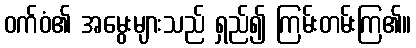
ဝက်ဝံ၏ အမွေးများသည် ရှည်၍ ကြမ်းတမ်းကြ၏။